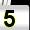
Digit: 5